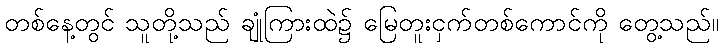
တစ်နေ့တွင် သူတို့သည် ချုံကြားထဲ၌ မြေတူးငှက်တစ်ကောင်ကို တွေ့သည်။